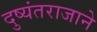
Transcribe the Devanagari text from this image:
दुष्यंतराजाने